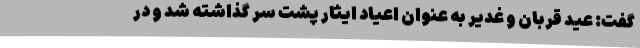
گفت: عید قربان و غدیر به عنوان اعیاد ایثار پشت سر گذاشته شد و در